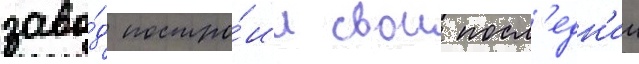
заво́д постро́ил свои посл'едн'ии